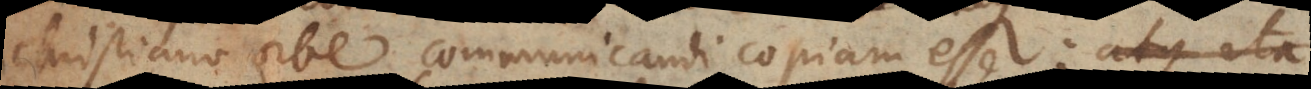
Christiano orbe communicandi copiam esse: atque ita